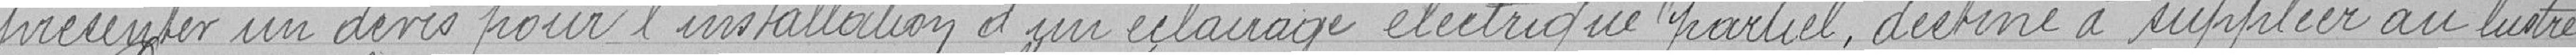
présenter un devis pour l'installation d'un éclairage électrique partiel, destiné à suppléer au lustre.